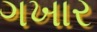
ગખાર